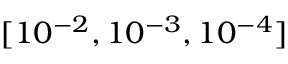
[ 1 0 ^ { - 2 } , 1 0 ^ { - 3 } , 1 0 ^ { - 4 } ]